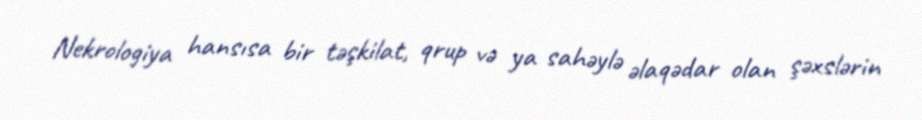
Nekrologiya hansısa bir təşkilat, qrup və ya sahəylə əlaqədar olan şəxslərin